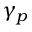
\gamma _ { p }